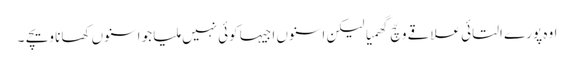
اوہ پورے التائی علاقے وچّ گھمیا لیکن اسنوں اجیہا کوئی نہیں ملیا جو اسنوں کھانا ویچے ۔